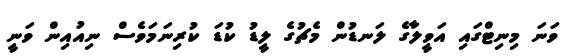
ވަނަ މިނިޓްގައި އަވީލާގެ ލަނޑުން މެޗުގެ ލީޑު ކުޑަ ކުރިނަމަވެސް ނިއުއިން ވަނީ